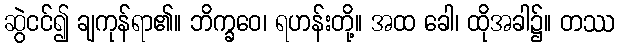
ဆွဲငင်၍ ချကုန်ရာ၏။ ဘိက္ခဝေ၊ ရဟန်းတို့။ အထ ခေါ၊ ထိုအခါ၌။ တဿ